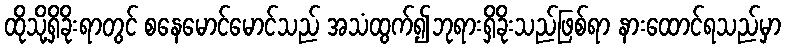
ထိုသို့ရှိခိုးရာတွင် စနေမောင်မောင်သည် အသံထွက်၍ဘုရားရှိခိုးသည်ဖြစ်ရာ နားထောင်ရသည်မှာ